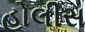
હોલીસ